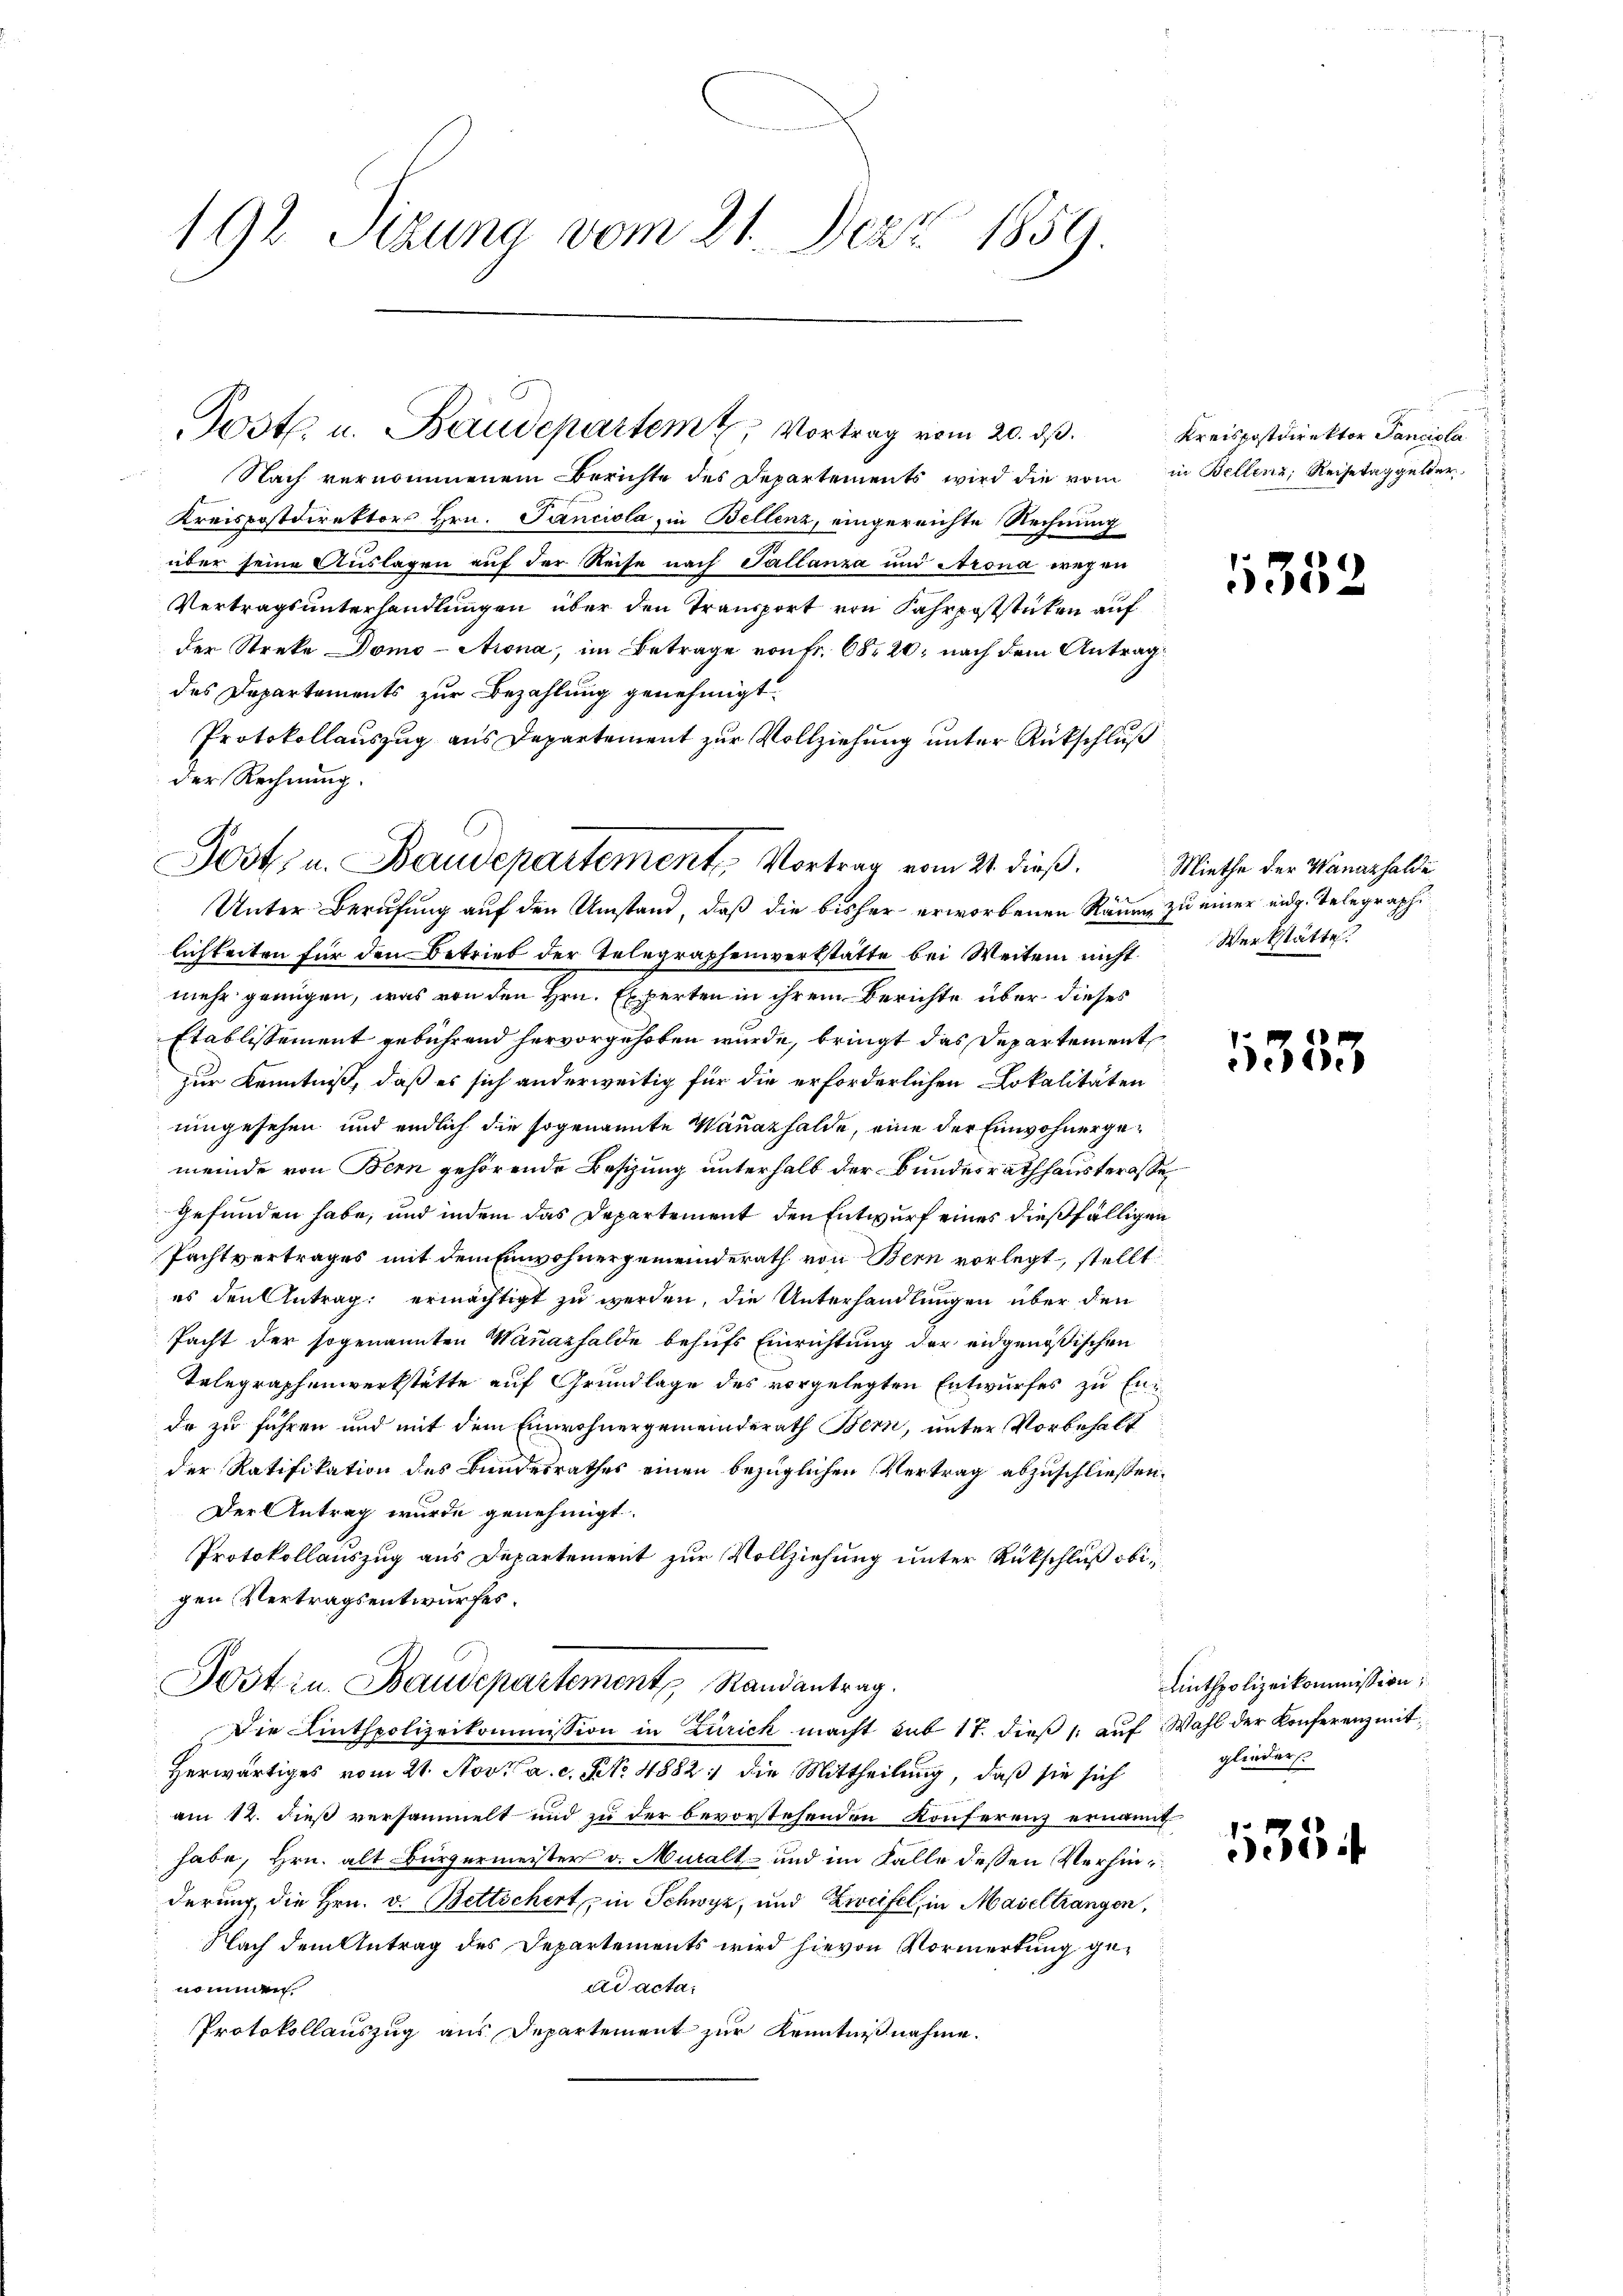
192 Sizung vom 21. Dez. 1859.

Nach vernommenem Berichte des Departements wird die vom in Bellenz, Reisetaggelder
Kreispostdirektors Hrn. Panciola in Bellenz, eingereichte Rechnung
über seine Auslagen auf der Reise nach Tallanza und Arona wegen
Vertragsunterhandlungen über den Transport von Fahrpoststücken auf
der Streke Domo-Arona, im Betrage von Fr. 68. 20, nach dem Antrag
des Departements zur Bezahlung genehmigt.
Protokollauszug aus Departement zur Vollziehung unter Rückschluß
der Rechnung.
Unter Berufung auf den Umstand, daß die bisher erworbenen Raum zu einer eidg. Telegraphi
lichkeiten für den Betrieb der Telegraphenverkstätte bei Weiten nicht
mehr genügen, was von den Hrn. Experten in ihrem Berichte über dieses
Etablissement gebührend hervorgehoben wurde, bringt das Departement
zur Kenntniß, daß es sich anderweitig für die erforderlichen Lokalitäten
uingesehen und endlich die sogenannte Wanazhalde, eine der Einwohnergemeinde von Bern gehörende Besizung unterhalb der Bundesrathhausterasse
gefunden habe, und indem das Departement den Entwurf eines dießfälligen
Pachtvertrages mit dem Einwohnergemeinderath von Bern vorlegt, stellt
es den Antrag ermächtigt zu werden, die Unterhandlungen über den
Pacht der sogenannten Wauazhalde behufs Einrichtung der eidgenößischen
Telegraphenwerkstätte auf Grundlage des vorgelegten Entwurfes zu Enda zu führen und mit dem Einwohnergemeinderath Bern, unter Vorbehalt
der Ratifikation des Bundesrathes einen bezüglichen Vertrag abzuschließen.
Der Antrag wurde genehmigt.
Protokollauszug aus Departement zur Vollziehung unter Rückschluß obigen Vertragsentwurfes.
Sostru Baudepartement Randantrag.
Die Linthpolizeikommission in Zürich macht mit 17. dieß 1 auf Wahl der Konferenz mit¬
Herwärtiges vom 21. Nov. a. c. No. 4882 die Mittheilung, daß sie sich
am 12. dieß versammelt und zu der bevorstehenden Konferenz ernannt
habe, Hrn. alt Bürgermeister v. Muralt- und im Falle dessen Verhinderung die Hrn. v. Bettschert, in Schwyz, und Zweifel, in Masel trangen,
Nach dem Antrag des Departements wird hievon Vormerkung gead acta
nommen
Protokollauszug aus Departement zur Kenntnißnahme.

Postl. u. Baudepartem Vortrag vom 20. ds.

Post u. Baudepartement, Vortrag vom 21. dieß.

Kreispostdirektor Sancicla

1352

Miethe der Wanazhalde
Werkstätte.

1353

Linthpolizeikommission,
glieder

5354